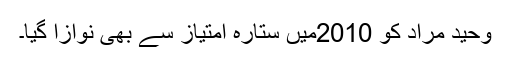
وحید مراد کو 2010میں ستارہ امتیاز سے بھی نوازا گیا۔